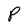
Character: P